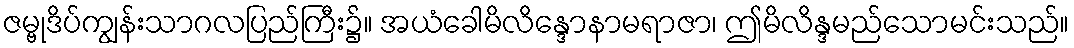
ဇမ္ဗုဒိပ်ကျွန်းသာဂလပြည်ကြီး၌။ အယံခေါမိလိန္ဒောနာမရာဇာ၊ ဤမိလိန္ဒမည်သောမင်းသည်။